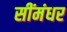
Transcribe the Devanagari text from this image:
सींमंधर